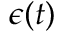
\epsilon ( t )